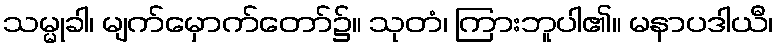
သမ္မုခါ၊ မျက်မှောက်တော်၌။ သုတံ၊ ကြားဘူပါ၏။ မနာပဒါယီ၊